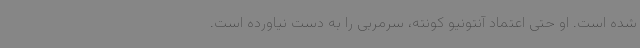
شده است. او حتی اعتماد آنتونیو کونته، سرمربی را به دست نیاورده است.